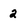
Character: 2